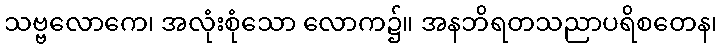
သဗ္ဗလောကေ၊ အလုံးစုံသော လောက၌။ အနဘိရတသညာပရိစတေန၊